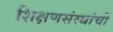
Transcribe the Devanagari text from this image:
शिक्षणसंस्थांची